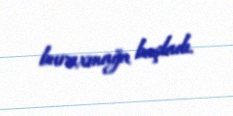
buraxmağa başladı.